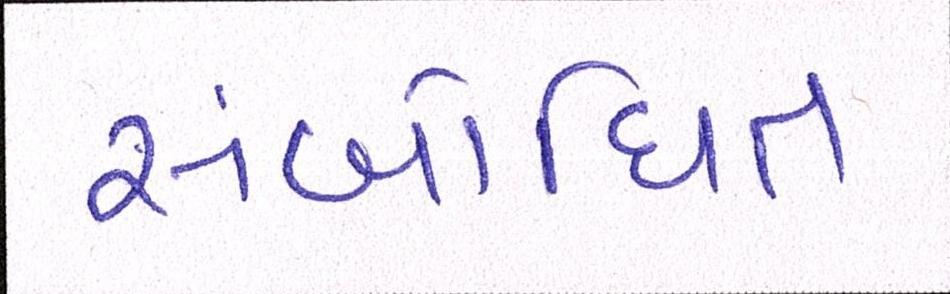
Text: સંબોધિત